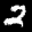
Label: 2